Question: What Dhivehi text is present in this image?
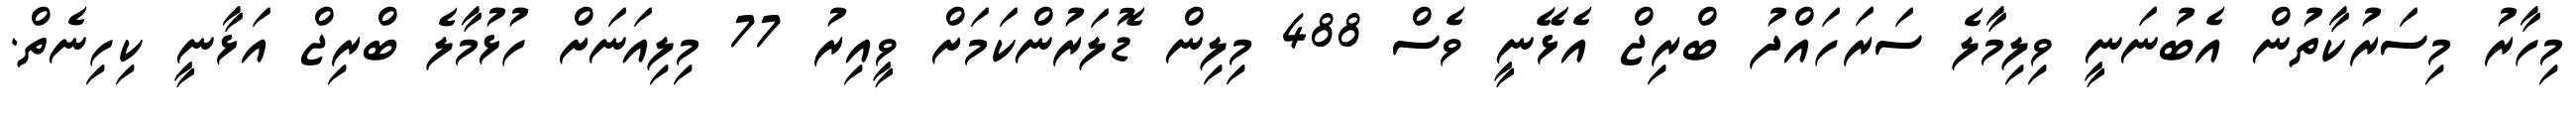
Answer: މިހާރު މިސަރުކާތުން އެބުނަނީ ވިލިމާލެ ސަރަހައްދު ބްރިޖް އެޅޭނީ ވެސް 488 މިލިން ޑޮލަރުންކަމަށް ވީއިރު 77 މިލިއަނަށް ހުޅުމާލެ ބްރިޖް އަޅާނީ ކިހިނެތް.